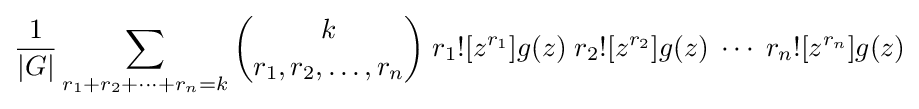
{\frac {1}{|G|}}\sum _{r_{1}+r_{2}+\cdots +r_{n}=k}{k \choose r_{1},r_{2},\ldots ,r_{n}}\;r_{1}![z^{r_{1}}]g(z)\;r_{2}![z^{r_{2}}]g(z)\;\cdots \;r_{n}![z^{r_{n}}]g(z)